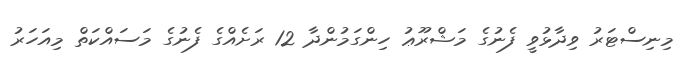
މިނިސްޓަރު ވިދާޅުވީ ފެނުގެ މަޝްރޫޢު ހިންގަމުންދާ 12 ރަށެއްގެ ފެނުގެ މަސައްކަތް މިއަހަރު